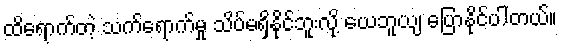
ထိရောက်တဲ့ သက်ရောက်မှု သိပ်မရှိနိုင်ဘူးလို့ ယေဘူယျ ပြောနိုင်ပါတယ်။